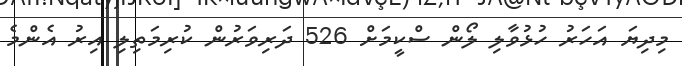
މިދިޔަ އަހަރު ހުޅުވާލި ލޯން ސްކީމަށް 526 ދަރިވަރުން ކުރިމަތިލި އިރު އެންމެ